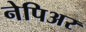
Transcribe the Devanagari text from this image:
नेपिअर